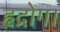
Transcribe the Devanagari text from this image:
हृद्रोग।